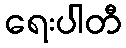
ရေးပါတီ